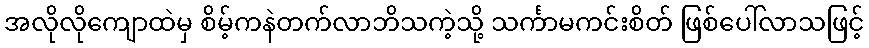
အလိုလိုကျောထဲမှ စိမ့်ကနဲတက်လာဘိသကဲ့သို့ သင်္ကာမကင်းစိတ် ဖြစ်ပေါ်လာသဖြင့်